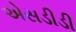
એસડીડી